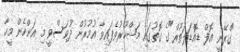
"ގްރޭނީ އޮފް ޑޮއްޑަލަތޫރް"ގެ ގޮތުގައި މަޝްހޫރުވެފައިވާ އުމުރުން ދުވަސްވީ މި އަންހެން މީހާ